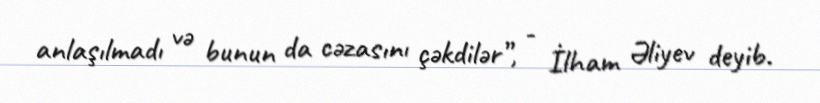
anlaşılmadı və bunun da cəzasını çəkdilər”, - İlham Əliyev deyib.